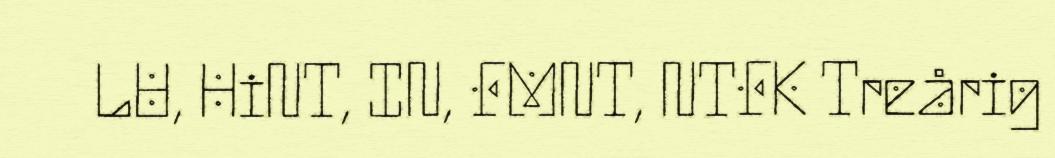
LU, HiNT, IN, FMNT, NTFK Treårig